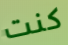
كنت